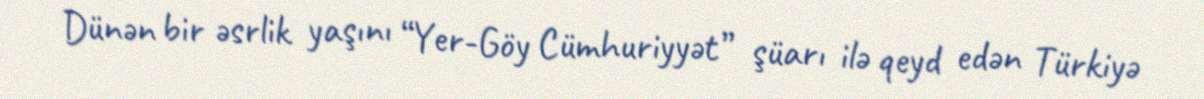
Dünən bir əsrlik yaşını “Yer-Göy Cümhuriyyət” şüarı ilə qeyd edən Türkiyə